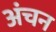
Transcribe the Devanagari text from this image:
अंचन